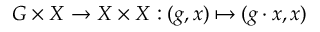
G \times X \rightarrow X \times X : ( g , x ) \mapsto ( g \cdot x , x )